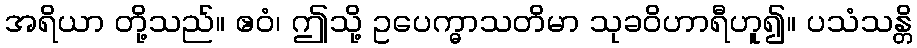
အရိယာ တို့သည်။ ဧဝံ၊ ဤသို့ ဥပေက္ဓာသတိမာ သုခဝိဟာရီဟူ၍။ ပသံသန္တိ